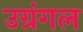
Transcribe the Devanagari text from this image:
उग्रंंगल